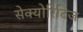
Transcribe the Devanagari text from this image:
सेक्योरिटिज